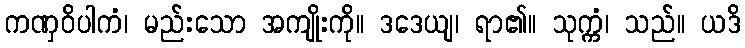
ကဏှဝိပါကံ၊ မည်းသော အကျိုးကို။ ဒဒေယျ၊ ရာ၏။ သုက္ကံ၊ သည်။ ယဒိ